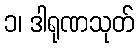
၁၊ ဒါရုဏသုတ်